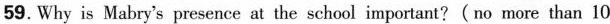
59. Why is Mabry's presence at the school important?(no more than 10